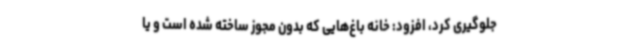
جلوگیری کرد، افزود: خانه باغ‌هایی که بدون مجوز ساخته شده است و یا